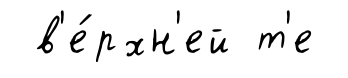
в'е́рхн'ей т'е